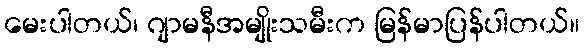
မေးပါတယ်၊ ဂျာမနီအမျိုးသမီးက မြန်မာပြန်ပါတယ်။